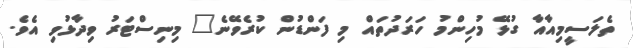
ތެލަސީމިއާއާ ގުޅޭ މުހިންމު ހަރަދުތައް މި ފަންޑުން ކުރެވޭނެ" މިނިސްޓަރު ވިދާޅުވި އެވެ.